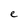
Character: e